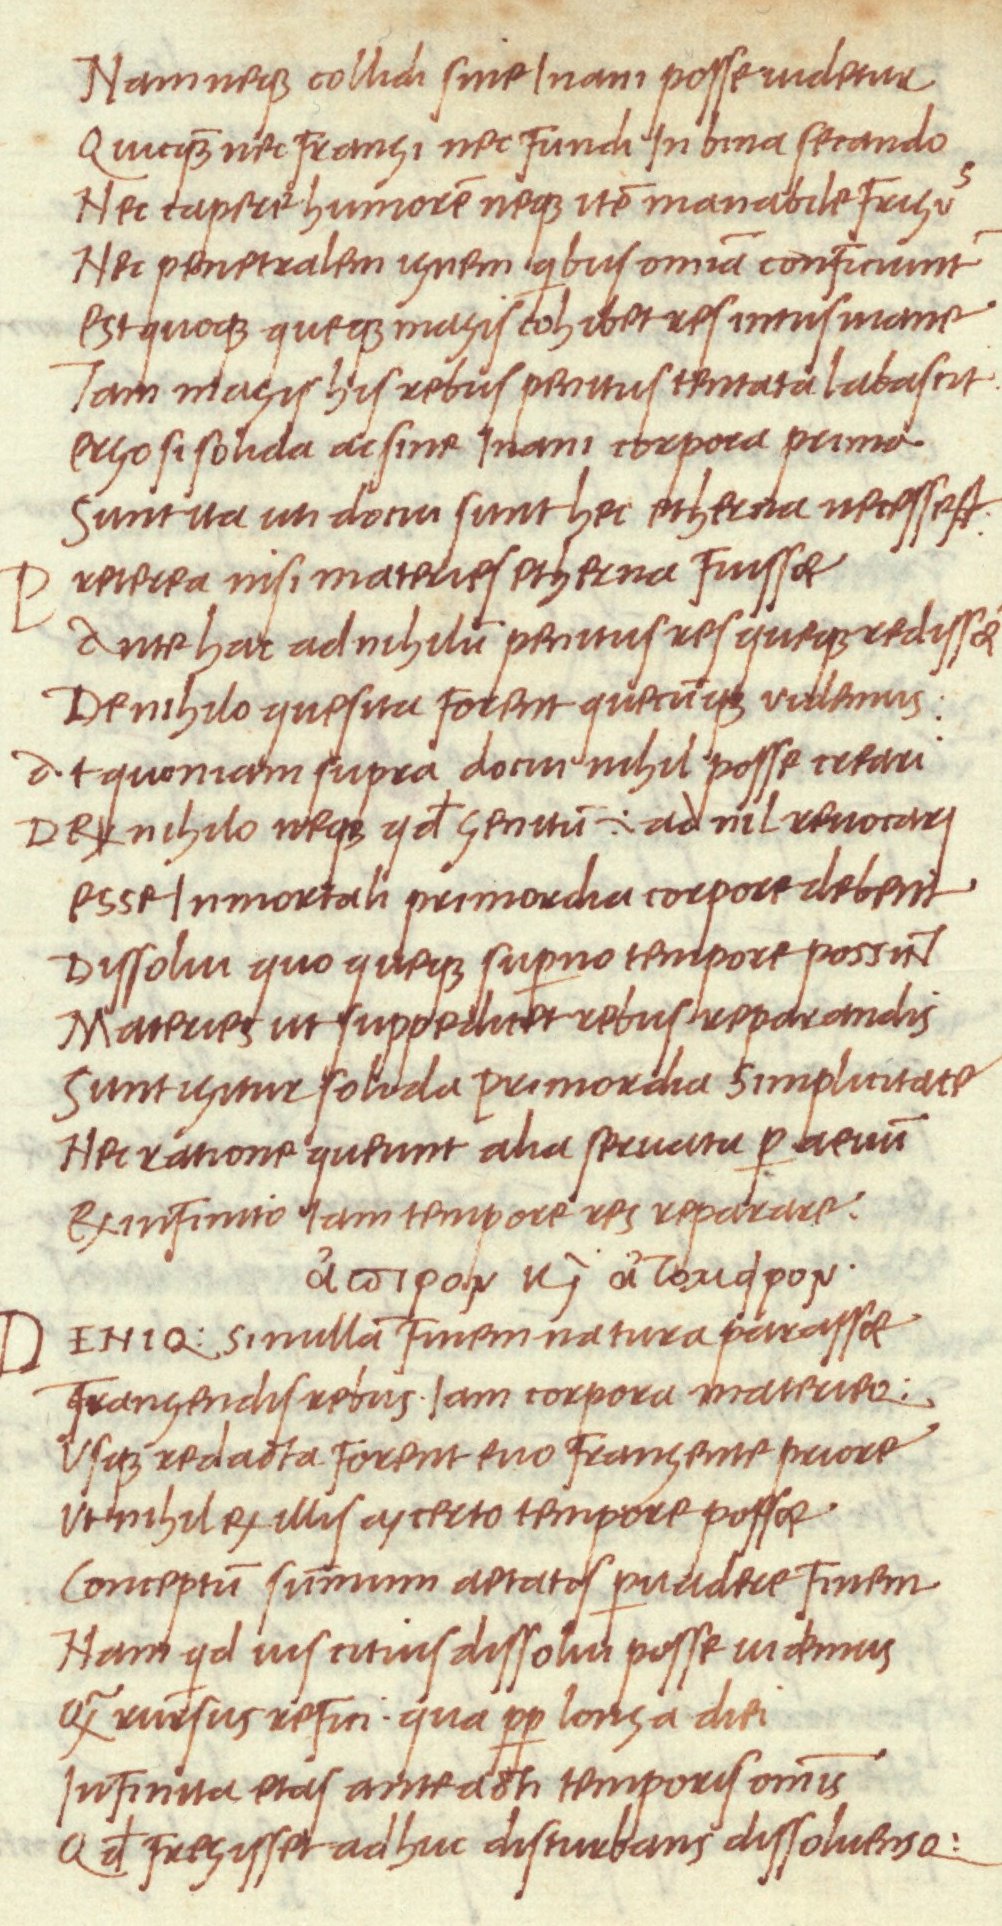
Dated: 1468–1469